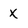
Character: X